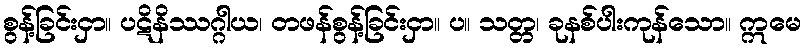
စွန့်ခြင်းငှာ။ ပဋိနိဿဂ္ဂါယ၊ တဖန်စွန့်ခြင်းငှာ။ ပ။ သတ္တ၊ ခုနစ်ပါးကုန်သော။ ဣမေ